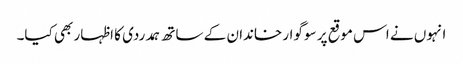
انہوں نے اس موقع پر سوگوار خاندان کے ساتھ ہمدردی کا اظہار بھی کیا۔